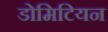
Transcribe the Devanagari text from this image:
डोमिटियन